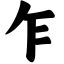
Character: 乍